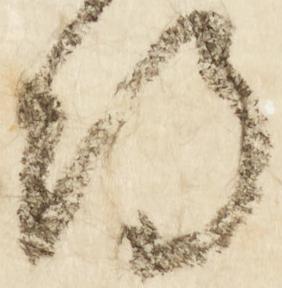
期